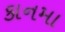
કાનમા